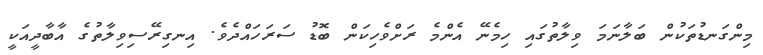
މިންގަނޑުތަކުން ބަލާނަމަ ވިލާތުގައި ހިމެނޭ އެންމެ ރަށްވެހިކަން ބޮޑު ސަރަހައްދެވެ. އިނގިރޭސިވިލާތުގެ އާބާދީއަކީ